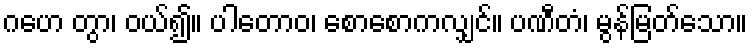
ဂဟေ တွာ၊ ဝယ်၍။ ပါတောဝ၊ စောစောကလျှင်။ ပဏီတံ၊ မွန်မြတ်သော။